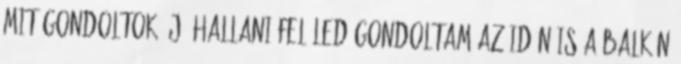
Mit gondoltok? Jó hallani felöled,gondoltam,az idén is a Balkán